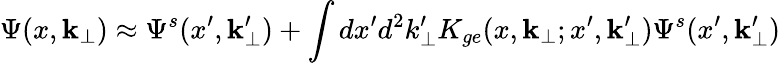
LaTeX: \Psi(x,{\mathbf k_{\bot}})\approx\Psi^{s}(x^{\prime},{\mathbf k_{\bot}^{\prime}})+\int dx^{\prime}d^{2}k_{\bot}^{\prime}K_{ge}(x,{\mathbf k_{\bot}};x^{\prime},{\mathbf k_{\bot}^{\prime}})\Psi^{s}(x^{\prime},{\mathbf k_{\bot}^{\prime}})